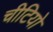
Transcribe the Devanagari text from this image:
चीटियो